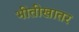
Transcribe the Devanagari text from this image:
भीतीखातर